Report on malaria in the Punjab during the year ...  together with an account of the work of the Punjab Malaria Bureau - Volume 4
Disease focus: Malaria
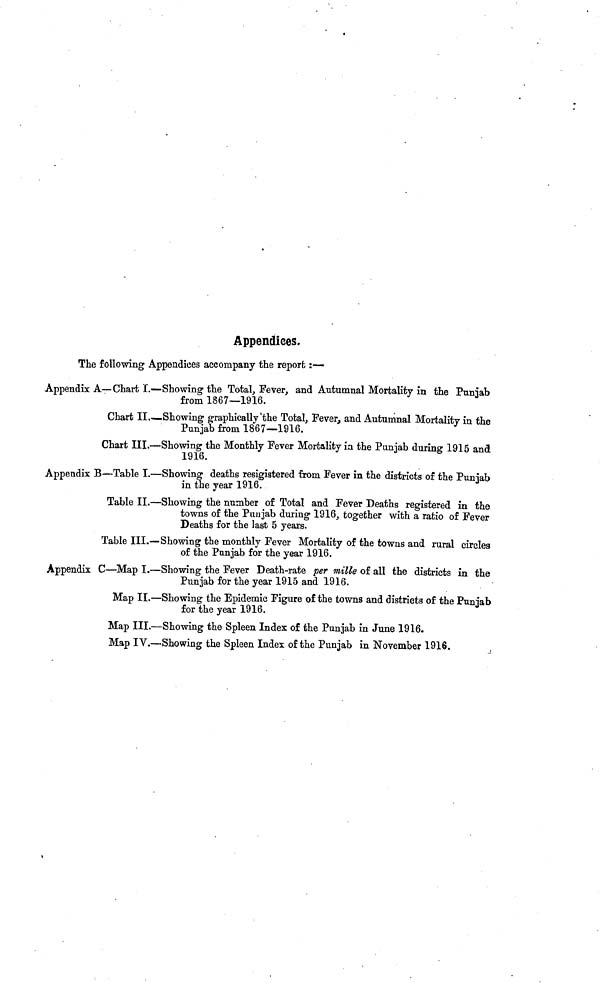
Appendices.
The following Appendices accompany the report :—
Appendix A— Chart I.—Showing the Total, Fever, and Autumnal Mortality in the Punjab
from 1867—1916.
Chart II Showing graphically the Total, Fever, and Autumnal Mortality in the
Punjab from 1867—1916.
Chart III.—Showing the Monthly Fever Mortality in the Punjab during 1915 and
1916.
Appendix B—Table I.—Showing deaths resigistered from Fever in the districts of the Punjab
in the year 1916.
Table II.—Showing the number of Total and Fever Deaths registered in the
towns of the Punjab during 1916, together with a ratio of Fever
Deaths for the last 5 years.
Table III.—Showing the monthly Fever Mortality of the towns and rural circles
of the Punjab for the year 1916.
Appendix C—Map I.—Showing the Fever Death-rate per mille of all the districts in the
Punjab for the year 1915 and 1916.
Map II.—Showing the Epidemic Figure of the towns and districts of the Punjab
for the year 1916.
Map III.—Showing the Spleen Index of the Punjab in June 1916.
Map IV.—Showing the Spleen Index of the Punjab in November 1916.